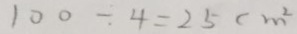
1 0 0 \div 4 = 2 5 c m ^ { 2 }